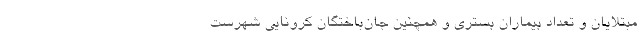
مبتلایان و تعداد بیماران بستری و همچنین جان‌باختگان کرونایی شهرست